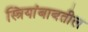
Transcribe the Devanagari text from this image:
स्त्रियांबाबतील